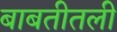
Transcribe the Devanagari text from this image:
बाबतीतली